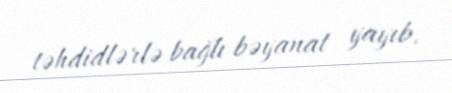
təhdidlərlə bağlı bəyanat yayıb.